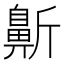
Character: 𱌓